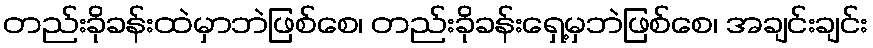
တည်းခိုခန်းထဲမှာဘဲဖြစ်စေ၊ တည်းခိုခန်းရှေ့မှဘဲဖြစ်စေ၊ အချင်းချင်း